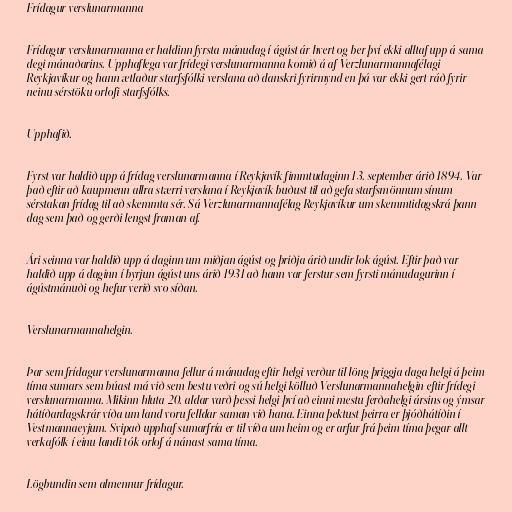
Frídagur verslunarmanna

Frídagur verslunarmanna er haldinn fyrsta mánudag í ágúst ár hvert og ber því ekki alltaf upp á sama
degi mánaðarins. Upphaflega var frídegi verslunarmanna komið á af Verzlunarmannafélagi
Reykjavíkur og hann ætlaður starfsfólki verslana að danskri fyrirmynd en þá var ekki gert ráð fyrir
neinu sérstöku orlofi starfsfólks.

Upphafið.

Fyrst var haldið upp á frídag verslunarmanna í Reykjavík fimmtudaginn 13. september árið 1894. Var
það eftir að kaupmenn allra stærri verslana í Reykjavík buðust til að gefa starfsmönnum sínum
sérstakan frídag til að skemmta sér. Sá Verzlunarmannafélag Reykjavíkur um skemmtidagskrá þann
dag sem það og gerði lengst framan af.

Ári seinna var haldið upp á daginn um miðjan ágúst og þriðja árið undir lok ágúst. Eftir það var
haldið upp á daginn í byrjun ágúst uns árið 1931 að hann var ferstur sem fyrsti mánudagurinn í
ágústmánuði og hefur verið svo síðan.

Verslunarmannahelgin.

Þar sem frídagur verslunarmanna fellur á mánudag eftir helgi verður til löng þriggja daga helgi á þeim
tíma sumars sem búast má við sem bestu veðri og sú helgi kölluð Verslunarmannahelgin eftir frídegi
verslunarmanna. Mikinn hluta 20. aldar varð þessi helgi því að einni mestu ferðahelgi ársins og ýmsar
hátíðardagskrár víða um land voru felldar saman við hana. Einna þektust þeirra er þjóðhátíðin í
Vestmannaeyjum. Svipað upphaf sumarfría er til víða um heim og er arfur frá þeim tíma þegar allt
verkafólk í einu landi tók orlof á nánast sama tíma.

Lögbundin sem almennur frídagur.